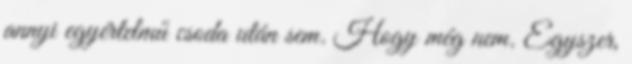
annyi egyértelmű csoda után sem. Hogy még nem. Egyszer,